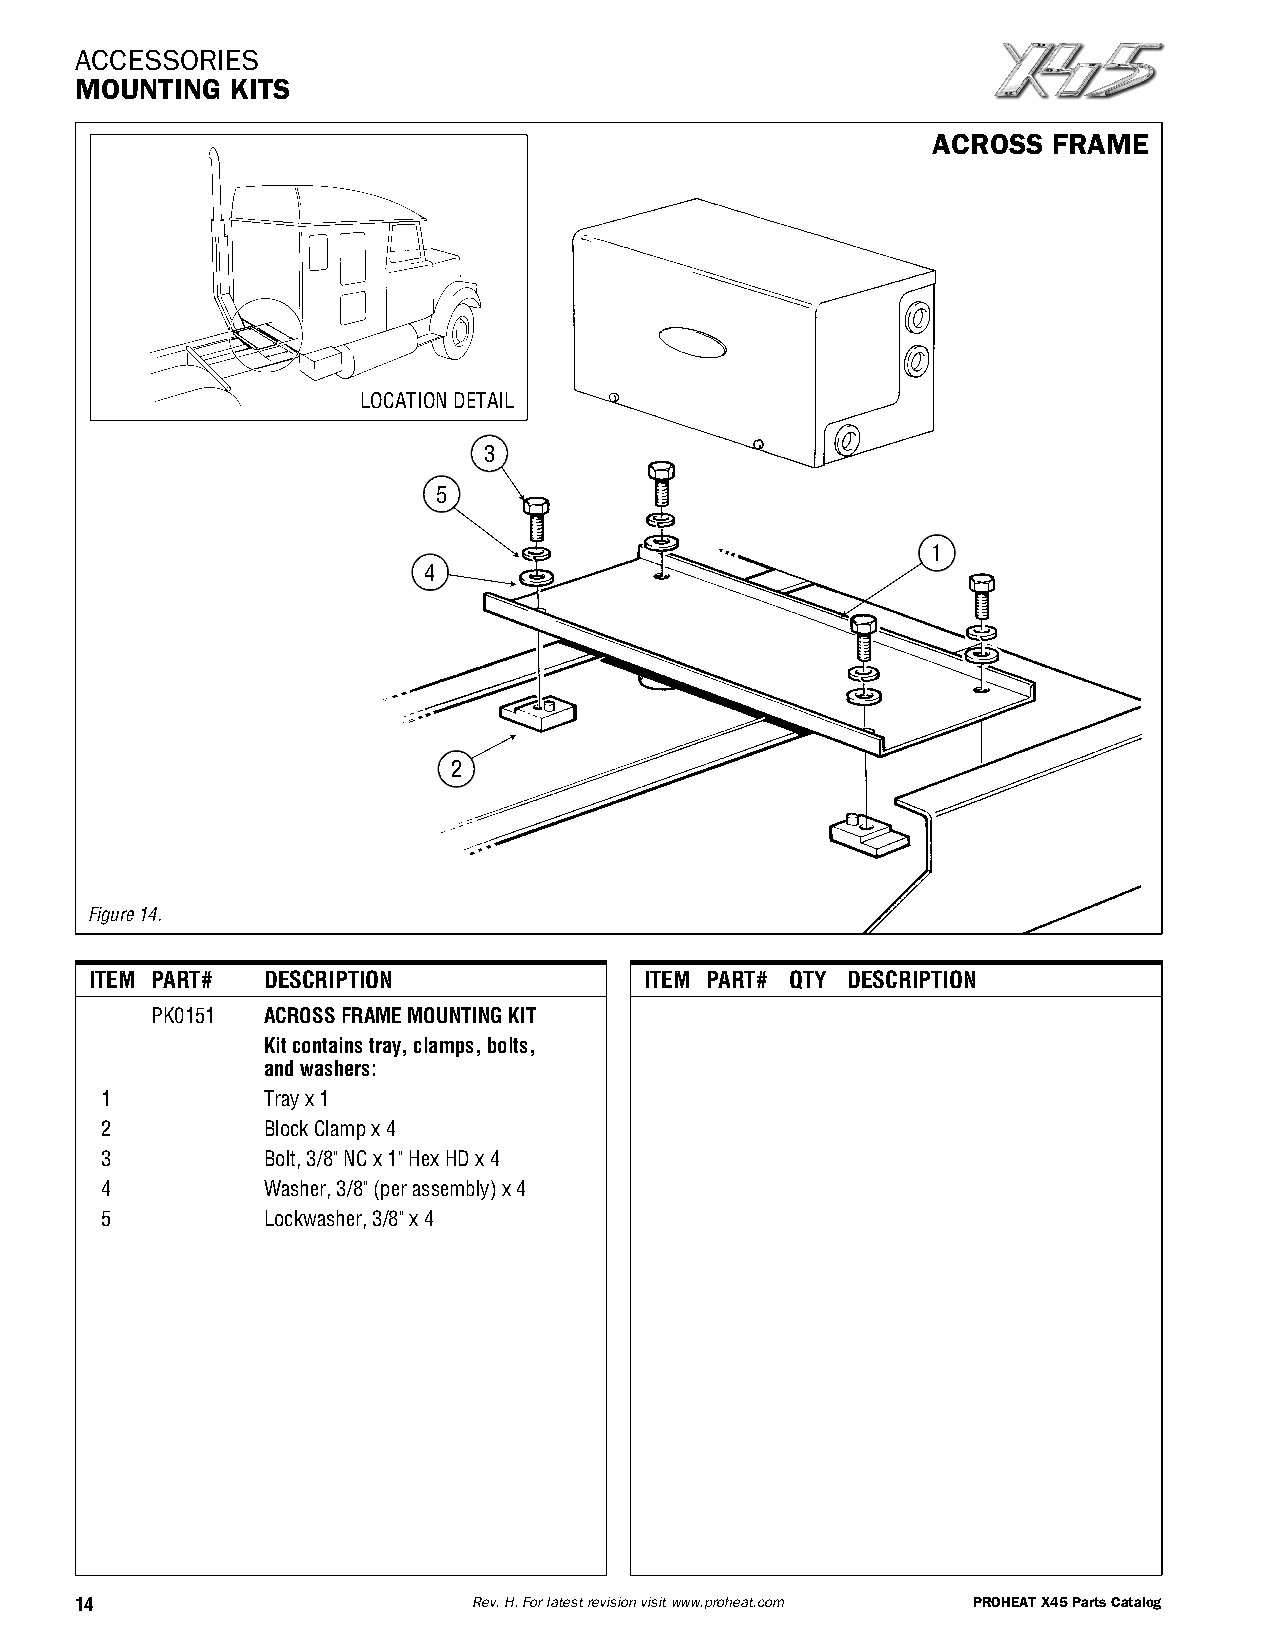
ACCESSORIES
 MOUNTING  KITS
 ACROSS  FRAME
 LOCATIONDETAIL
 3
 5
 1
 4
 2
 Figure14.
 ITEM PART# DESCRIPTION               ITEM PART# QTY DESCRIPTION
 PK0151 ACROSSFRAMEMOUNTINGKIT
 Kitcontainstray,clamps,bolts,
 andwashers:
 1         Trayx1
 2         BlockClampx4
 3         Bolt,3/8"NCx1"HexHDx4
 4         Washer,3/8"(perassembly)x4
 5         Lockwasher,3/8"x4
 14                        Rev.H.Forlatestrevisionvisitwww.proheat.com PROHEATX45PartsCatalog